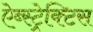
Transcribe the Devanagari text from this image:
ऐब्स्ट्रेक्टिस